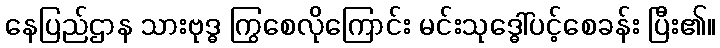
နေပြည်ဌာန သားဗုဒ္ဓ ကြွစေလိုကြောင်း မင်းသုဒ္ဓေါ်ပင့်စေခန်း ပြီး၏။